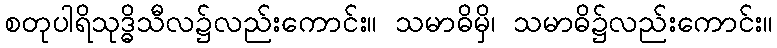
စတုပါရိသုဒ္ဓိသီလ၌လည်းကောင်း။ သမာဓိမှိ၊ သမာဓိ၌လည်းကောင်း။